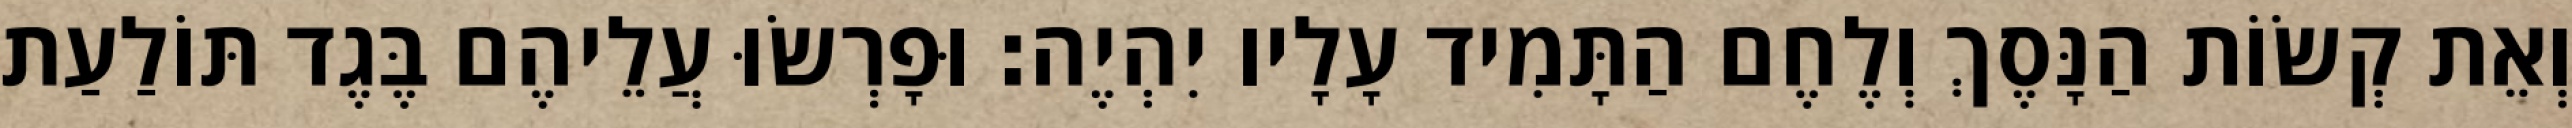
וְאֵת קְשׂוֹת הַנָּסֶךְ וְלֶחֶם הַתָּמִיד עָלָיו יִהְיֶה׃ וּפָרְשׂוּ עֲלֵיהֶם בֶּגֶד תּוֹלַעַת